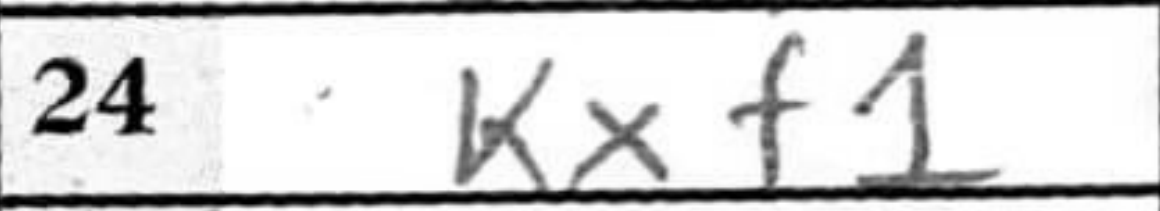
Transcription: Kxf1